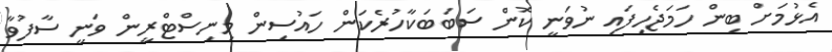
އެޅުމަށް ބިން ހަމަޖެހިފައި ނުވަނީ ކޮން ސަބަބަކާހުރެކަން ހައުސިން މިނިސްޓްރީން ވަނީ ސާފުވާ